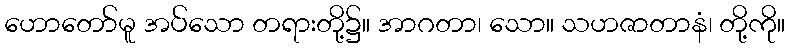
ဟောတော်မူ အပ်သော တရားတို့၌။ အာဂတာ၊ သော။ သဟဇာတာနံ၊ တို့ကို။